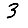
Digit: 3